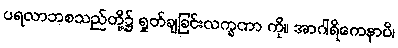
ပရလာဘစသည်တို့၌ ရှုတ်ချခြင်းလက္ခဏာ ကို။ အာဂါရိကေနာပိ၊